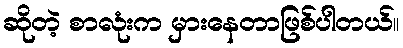
ဆိုတဲ့ စာလုံးက မှားနေတာဖြစ်ပါတယ်။